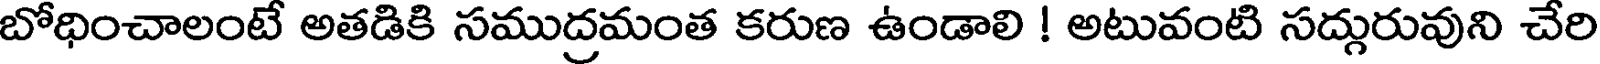
బోధించాలంటే అతడికి సముద్రమంత కరుణ ఉండాలి ! అటువంటి సద్గురువుని చేరి